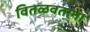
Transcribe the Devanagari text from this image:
वितळवताना